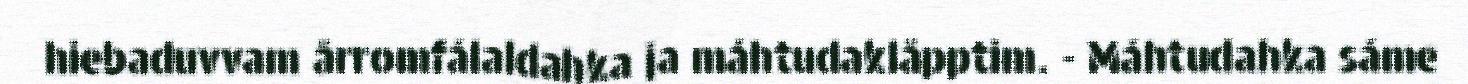
hiebaduvvam årromfálaldahka ja máhtudaklåpptim. - Máhtudahka sáme